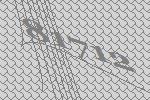
81712